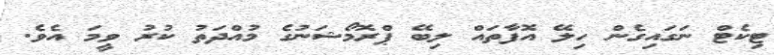
ޓިކެޓް ނަގައިގެން ހިލޭ އޮފާތައް ލިބޭ ޕްރޮމޯޝަނުގެ މުއްދަތު ކުރު ވީމަ އެވެ.